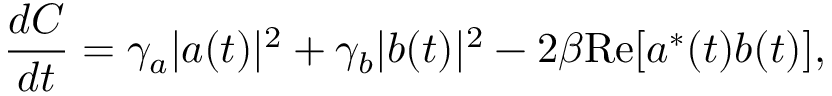
\frac { d C } { d t } = \gamma _ { a } | a ( t ) | ^ { 2 } + \gamma _ { b } | b ( t ) | ^ { 2 } - 2 \beta \mathrm { R e } [ a ^ { * } ( t ) b ( t ) ] ,